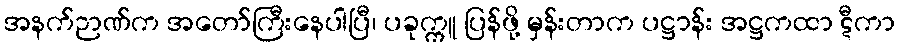
အနက်ဉာဏ်က အတော်ကြီးနေပါပြီ၊ ပခုက္ကူ ပြန်ဖို့ မှန်းတာက ပဋ္ဌာန်း အဋ္ဌကထာ ဋီကာ